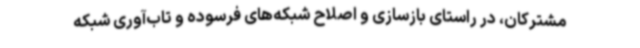
مشترکان، در راستای بازسازی و اصلاح شبکه‌های فرسوده و تاب‌آوری شبکه